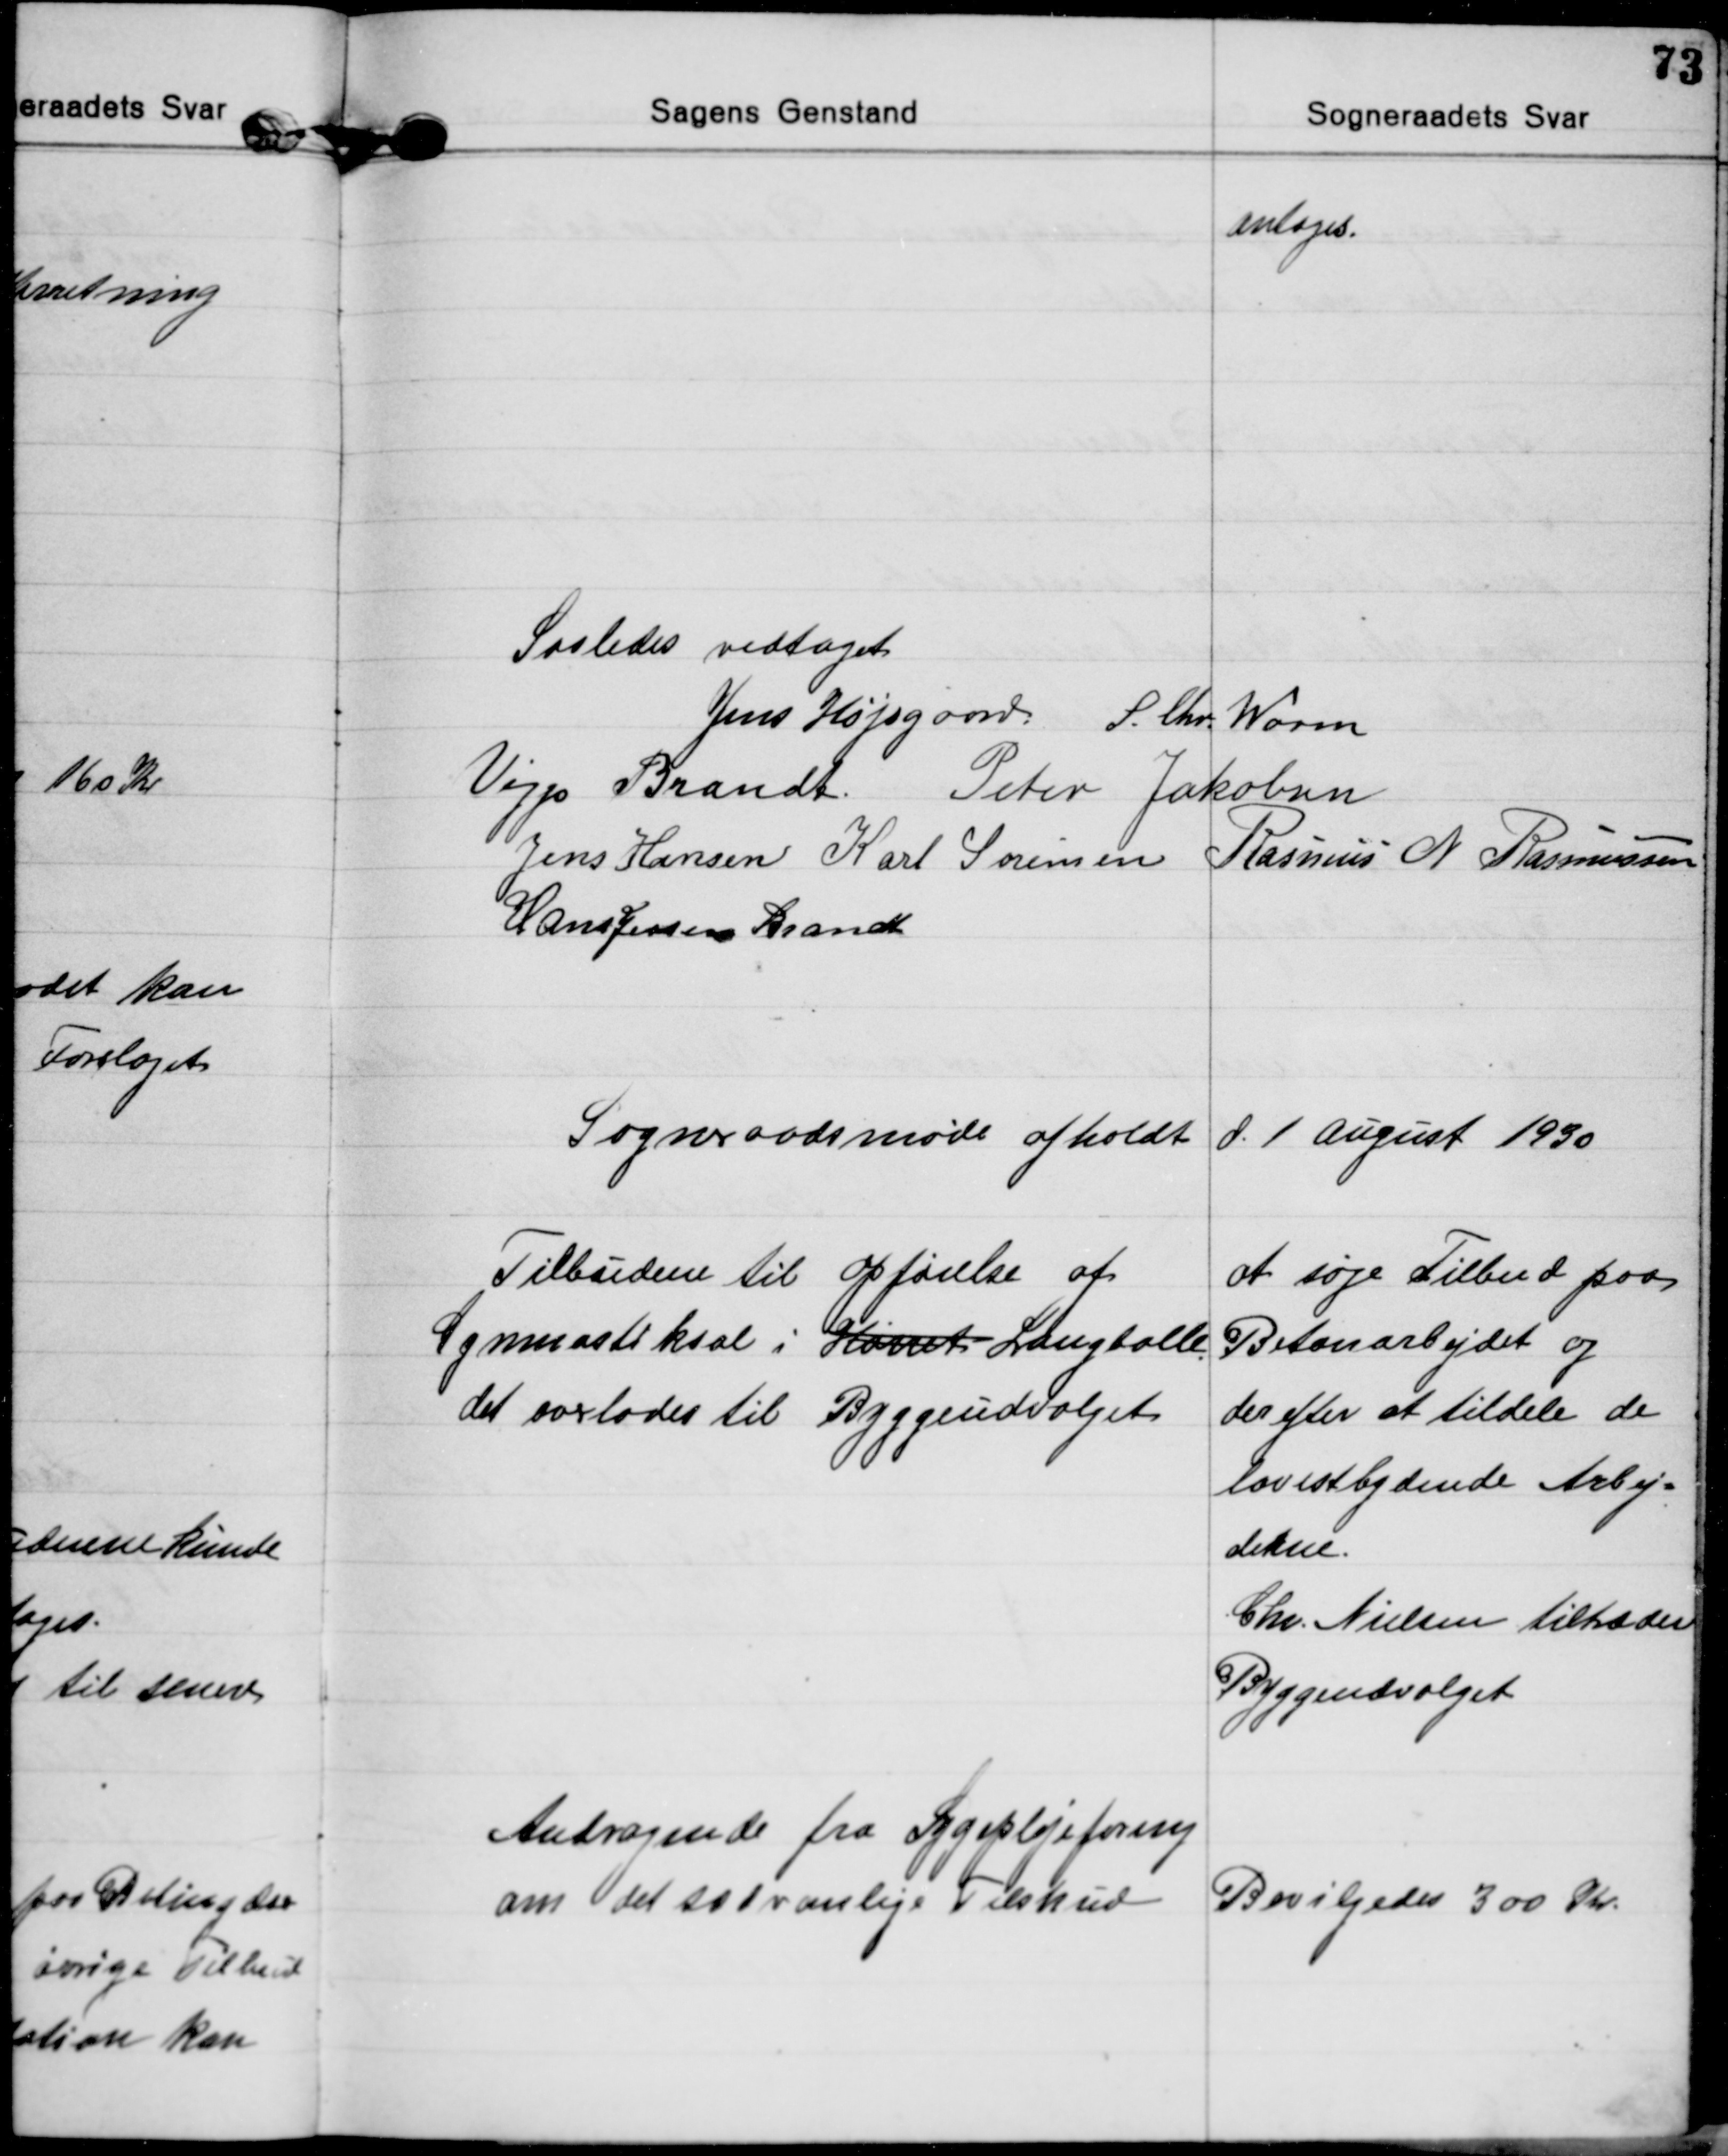
Transskription:
antoges.

Saaledes vedtaget
Jens Højsgaard S. Chr. Worm
Viggo Brandt Peter Jakobsen
Jens Hansen Karl Sørensen Rasmus N. Rasmussen
Hans Jessen Brandt

Sogneraadsmøde afholdt d. 1 august 1930

Tilbudene til Opførelse af
Gymnastiksal i Hørret Langballe
det overlodes til Byggeudvalget
at søge Tilbud paa
Betonarbejdet og
derefter at tildele de
lavestbydende Arbej=
derne.
Chr. Nielsen tiltræder
Byggeudvalget

Andragende fra Sygeplejeforeng
om det sædvanlige Tilskud
Bevilgedes 300 Kr.